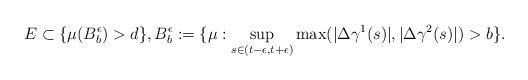
LaTeX: \begin{align*} E\subset\{\mu(B_b^\epsilon)>d\},B_b^\epsilon:=\{\mu:\sup_{s\in(t-\epsilon,t+\epsilon)}\max(|\Delta\gamma^1(s)|,|\Delta\gamma^2(s)|)>b\}.\end{align*}